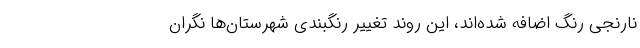
نارنجی رنگ اضافه شده‌اند، این روند تغییر رنگبندی شهرستان‌ها نگران